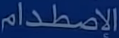
الإصطدام